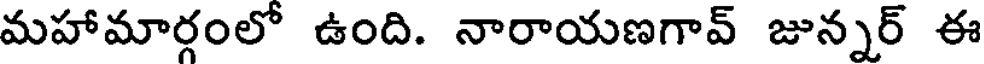
మహామార్గంలో ఉంది. నారాయణగావ్ జున్నర్ ఈ